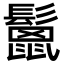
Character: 鬛